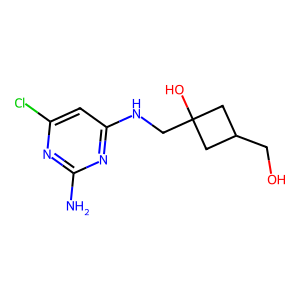
SMILES: Nc1nc(Cl)cc(NCC2(O)CC(CO)C2)n1
Inhibits HIV replication: No